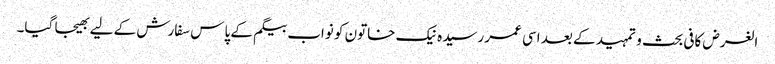
الغرض کافی بحث و تمہید کے بعد اسی عمر رسیدہ نیک خاتون کو نواب بیگم کے پاس سفارش کے لیے بھیجا گیا۔